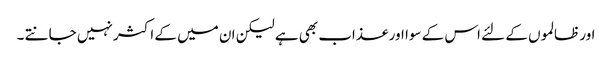
اور ظالموں کے لئے اس کے سوا اور عذاب بھی ہے لیکن ان میں کے اکثر نہیں جانتے ۔